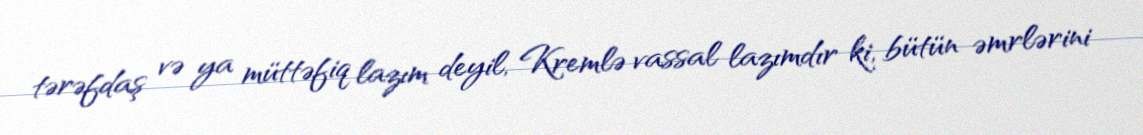
tərəfdaş və ya müttəfiq lazım deyil, Kremlə vassal lazımdır ki, bütün əmrlərini